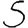
Digit: 5